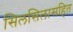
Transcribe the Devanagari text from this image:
सिलसिलासहित